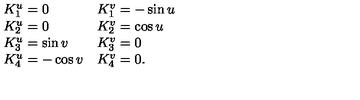
\begin{array} { l l } { K _ { 1 } ^ { u } = 0 } & { K _ { 1 } ^ { v } = - \sin u } \\ { K _ { 2 } ^ { u } = 0 } & { K _ { 2 } ^ { v } = \cos u } \\ { K _ { 3 } ^ { u } = \sin v } & { K _ { 3 } ^ { v } = 0 } \\ { K _ { 4 } ^ { u } = - \cos v } & { K _ { 4 } ^ { v } = 0 . } \\ \end{array}